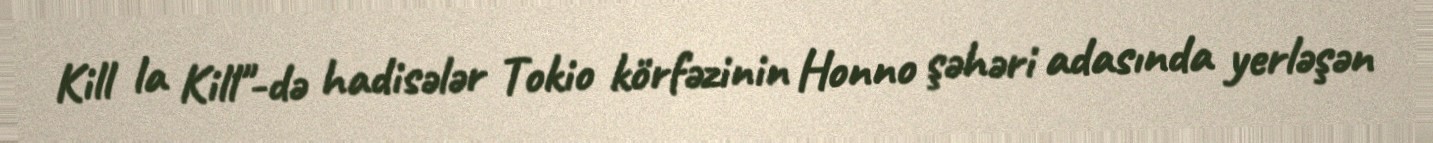
Kill la Kill"-də hadisələr Tokio körfəzinin Honno şəhəri adasında yerləşən